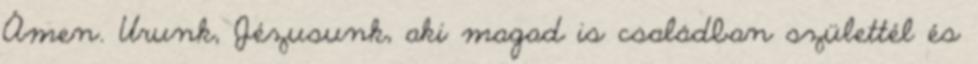
Ámen. Urunk, Jézusunk, aki magad is családban születtél és